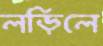
লড়িলে